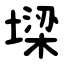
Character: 墚